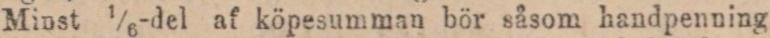
Minst 1/6-del af köpesumman bör såsom handpenning